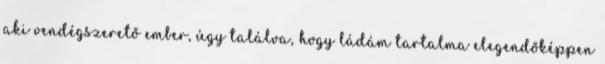
aki vendégszerető ember, úgy találva, hogy ládám tartalma elegendőképpen